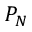
P _ { N }